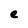
Character: e